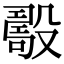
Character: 𣪾